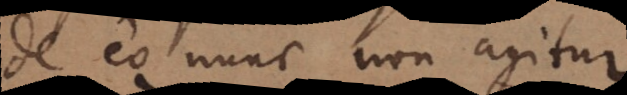
de eo nunc non agitur.